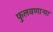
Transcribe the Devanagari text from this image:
फुलवणाऱ्या